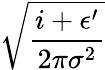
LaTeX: \sqrt{\frac{i+\epsilon^{\prime}}{2\pi\sigma^{2}}}